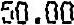
50.00